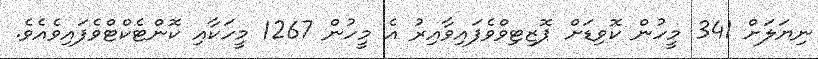
ނިޔަލަށް 341 މީހުން ކޮވިޑަށް ޕޮޒިޓިވްވެފައިވާއިރު އެ މީހުން 1267 މީހަކާއި ކޮންޓެކްޓްވެފައިވެއެވެ.